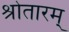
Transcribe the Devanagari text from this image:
श्रोतारम्